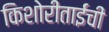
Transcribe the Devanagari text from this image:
किशोरीताईंची